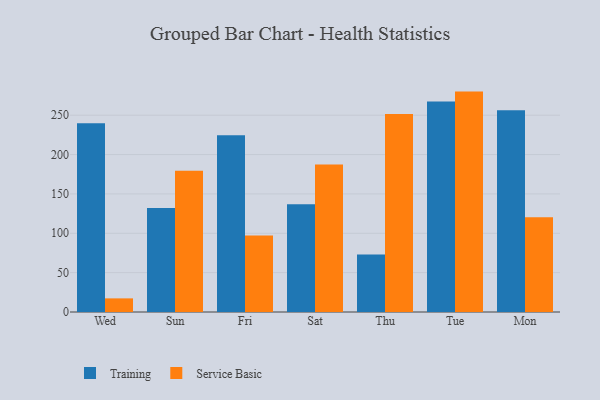
{"axis": {"x": "Day", "y": "Headcount"}, "legend": ["Service Basic", "Training"], "data": [{"x": "Wed", "y": 239.7, "type": "Training"}, {"x": "Wed", "y": 17.3, "type": "Service Basic"}, {"x": "Sun", "y": 132.1, "type": "Training"}, {"x": "Sun", "y": 179.4, "type": "Service Basic"}, {"x": "Fri", "y": 224.5, "type": "Training"}, {"x": "Fri", "y": 97.2, "type": "Service Basic"}, {"x": "Sat", "y": 136.8, "type": "Training"}, {"x": "Sat", "y": 187.5, "type": "Service Basic"}, {"x": "Thu", "y": 73.1, "type": "Training"}, {"x": "Thu", "y": 251.7, "type": "Service Basic"}, {"x": "Tue", "y": 267.5, "type": "Training"}, {"x": "Tue", "y": 280.0, "type": "Service Basic"}, {"x": "Mon", "y": 256.2, "type": "Training"}, {"x": "Mon", "y": 120.3, "type": "Service Basic"}]}